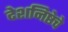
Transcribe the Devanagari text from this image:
देशनिष्ठेचे